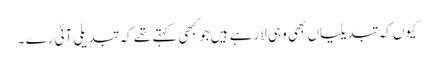
کیوں کہ تبدیلیاں بھی وہی لارہے ہیں جو کبھی کہتے تھے کہ تبدیلی آئی رے ۔